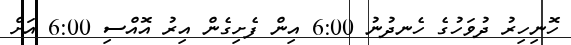
ހޮނިހިރު ދުވަހުގެ ހެނދުނު 6:00 އިން ފެށިގެން އިރު އޮއްސި 6:00 އަށް